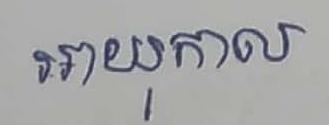
អាយុកាល